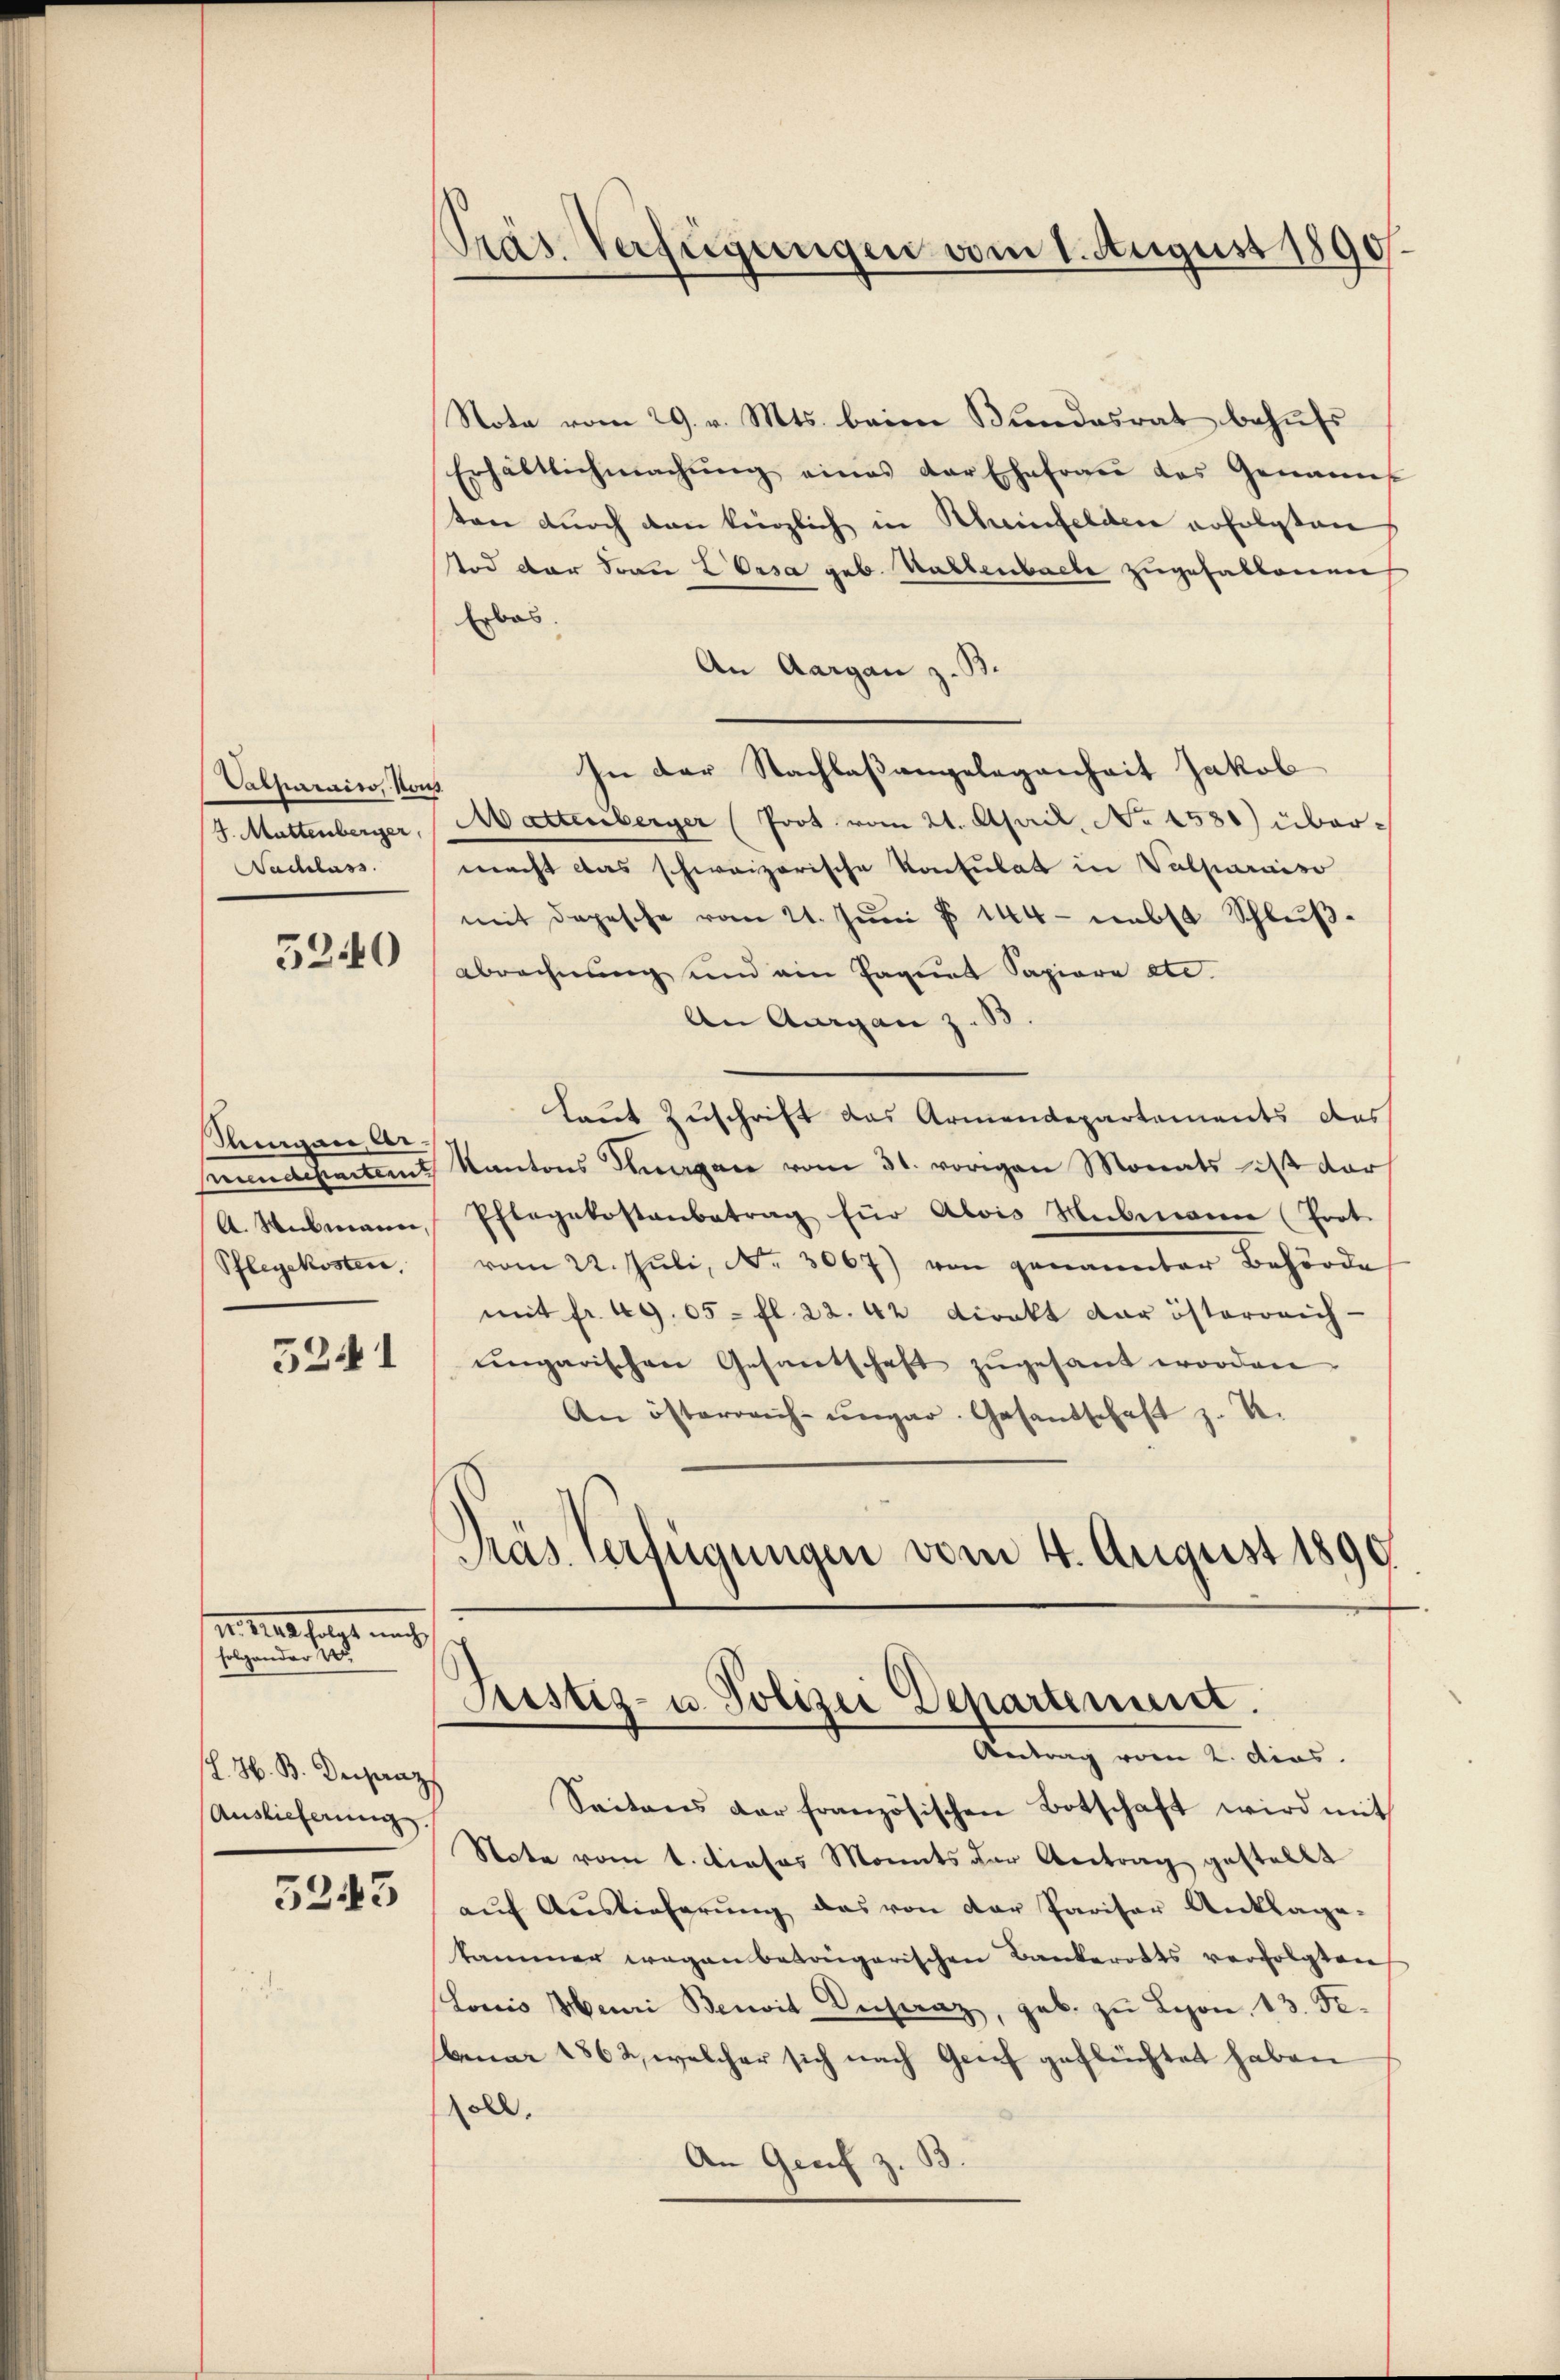
Vatparais, Nous
Nachlass

Singen Ar¬
Pflegekosten,
5241

M. das nach
folgender S

5240

J. H. B. Derpraz
Auslieferung.
5243

Note vom 29. v. Mts. beim Bundesrat behufs
Erhältlichmachŭng eines der Ehefrau das Genann
ten durch den länglich in Rheinfelden erfolgten
tod der Frau Z Orsa geb. Waltenbache zugefallenen
Erbas.
An Aargau z. B.
In der Nachlaßangelegenheit Jakob
S. Mattenberger, Mattenberger (Prot vom 21. April, No 4580) übermacht das schweizerische Konsulat in Valparaiso
mit depesche vom 21. Juni § 144 nebst Schluß¬
Abrechnung und ein Tagene Sapiere etc.
An Aargau z. B.
Laut Zuschrift das Armendepartements das
pundesertant Kantons Thurgan vom 31. vorigen Monats ist dar
A. Webmann, Pflegekostenbetrag für Alois Hubmann (Prot.
vom 22. Juli, No. 3067) von genannter Behörde
mit fr. 49. 05 - fl. 22. 42 direkt der österreich-
ŭngarischen Gesantschaft zŭgesant worden.
An österreich-ungar. Gesandschaft z. B.
has Verfügungen vom 4. August 1890.

Präs. Verfügungen vom 1. August 1890.

Justiz- u. Polizei Departement.
Antrag vom 2. dios.

Seitens der französischen Botschaft wird mit
Note vom 1. dieses Monats der Antrag gestellt
aŭf Aŭslieferŭng das von der Pariser Anklage-
kammer wegen betongarischen Bankerotts verfolgten
Loris Meuri Benoit Oestraz, geb. zu Leon, 13. Fe
bruar 1862, welcher sich nach Grief geflüchtet haben
soll.
An Genf z. B.